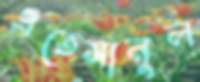
এতেসানুল